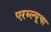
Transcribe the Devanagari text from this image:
एरब्ल्यूचा